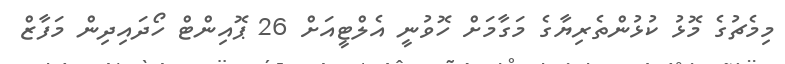
މިމެޗުގެ މޮޅު ކުޅުންތެރިޔާގެ މަގާމަށް ހޮވުނީ އެލްޓީއަށް 26 ޕޮއިންޓް ހޯދައިދިން މަފާޒް